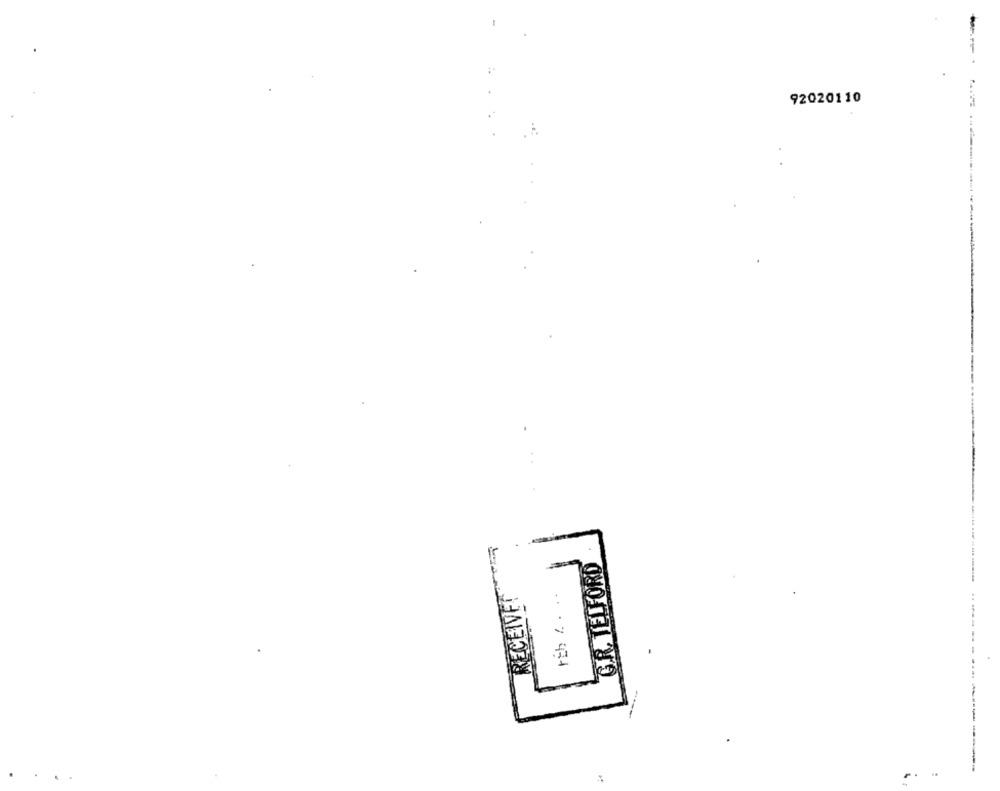
92020110
G.R. TELFORD
RECEIVET
... 7 434
---------